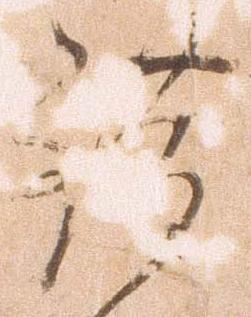
錯